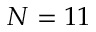
N = 1 1